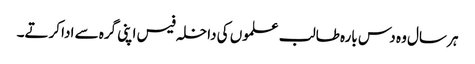
ہر سال وہ دس بارہ طالب علموں کی داخلہ فیس اپنی گرہ سے ادا کرتے۔